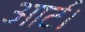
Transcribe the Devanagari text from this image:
आर्ट।